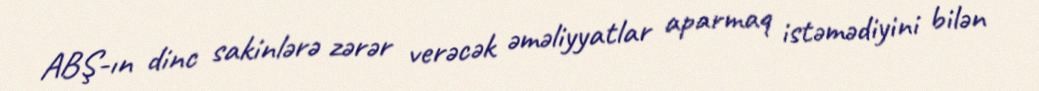
ABŞ-ın dinc sakinlərə zərər verəcək əməliyyatlar aparmaq istəmədiyini bilən